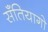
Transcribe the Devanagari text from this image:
सॅंतियागो